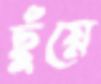
ছুঁয়ে